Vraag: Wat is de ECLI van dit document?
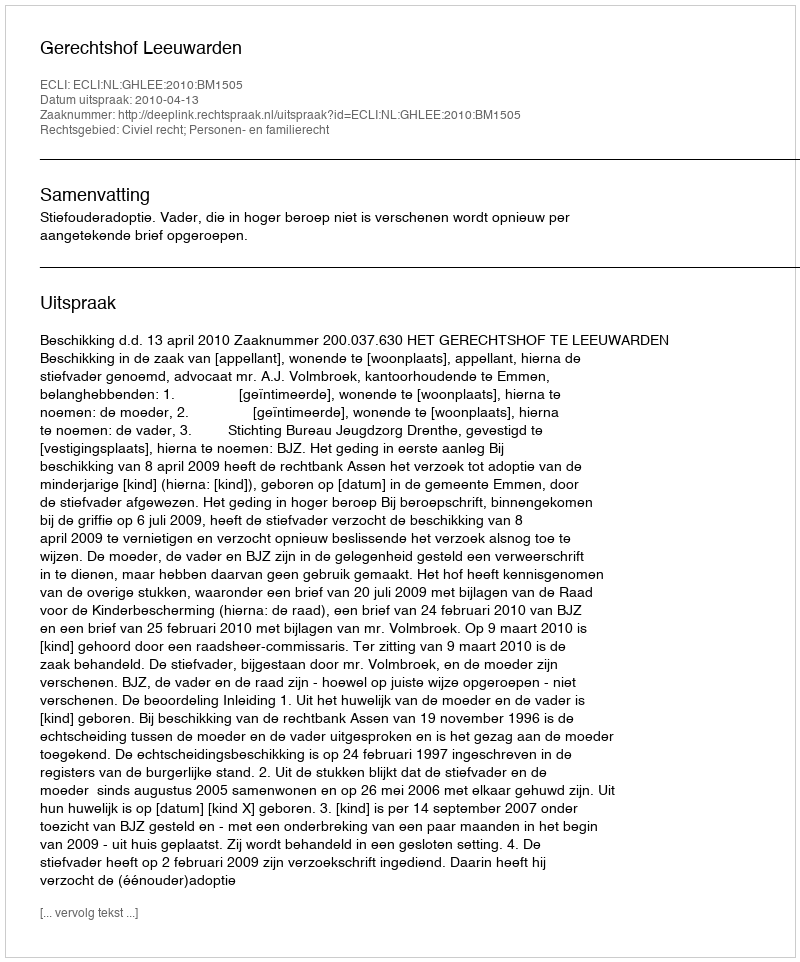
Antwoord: ECLI:NL:GHLEE:2010:BM1505